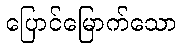
ပြောင်မြောက်သော